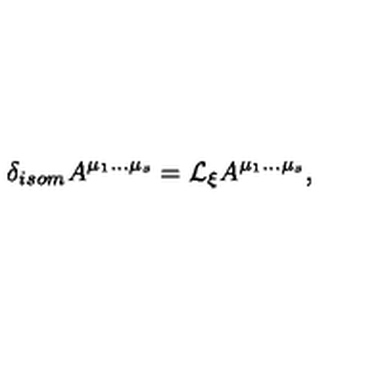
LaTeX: \delta _ { i s o m } A ^ { \mu _ { 1 } \ldots \mu _ { s } } = { \cal L } _ { \xi } A ^ { \mu _ { 1 } \ldots \mu _ { s } } ,